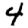
Digit: 4